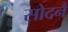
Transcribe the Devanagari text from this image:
सोदनै